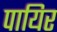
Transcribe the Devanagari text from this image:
पायिर